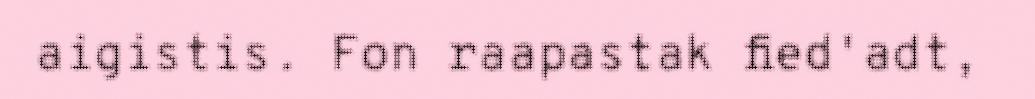
aigistis. Fon raapastak fied'adt,